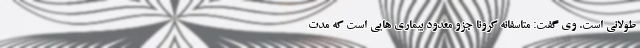
طولانی است. وی گفت: متاسفانه کرونا جزو معدود بیماری هایی است که مدت